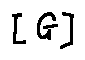
[ G ]